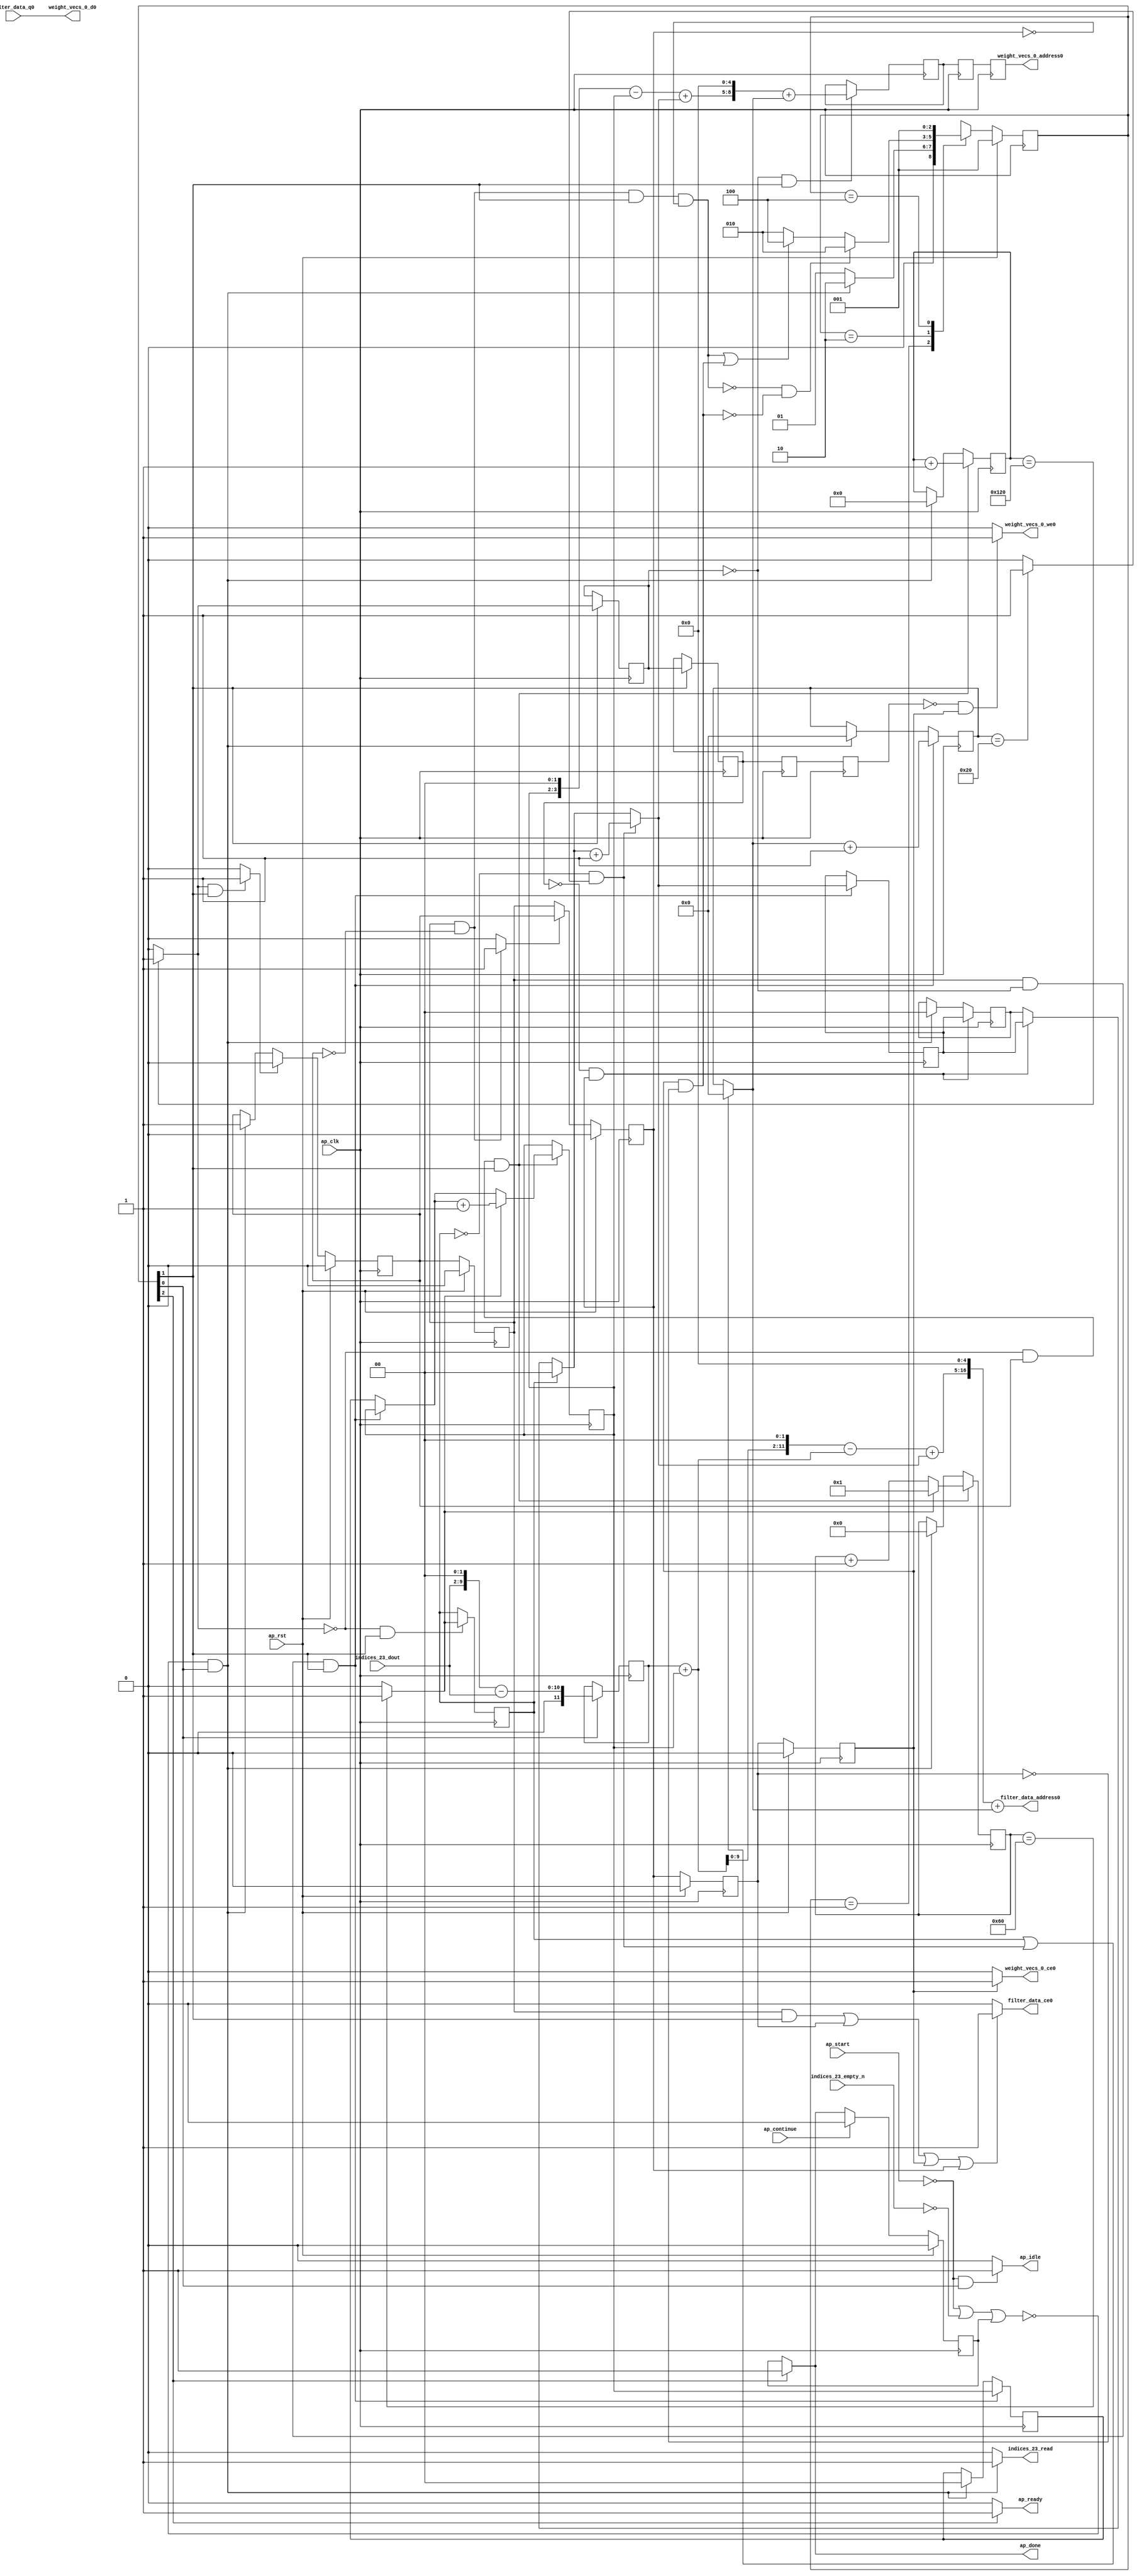
`define EXPONENT 5
`define MANTISSA 10
`define ACTUAL_MANTISSA 11
`define EXPONENT_LSB 10
`define EXPONENT_MSB 14
`define MANTISSA_LSB 0
`define MANTISSA_MSB 9
`define MANTISSA_MUL_SPLIT_LSB 3
`define MANTISSA_MUL_SPLIT_MSB 9
`define SIGN 1
`define SIGN_LOC 15
`define DWIDTH (`SIGN+`EXPONENT+`MANTISSA)
`define IEEE_COMPLIANCE 1

module td_fused_top_tdf7_readFilters52 (
        ap_clk,
        ap_rst,
        ap_start,
        ap_done,
        ap_continue,
        ap_idle,
        ap_ready,
        filter_data_address0,
        filter_data_ce0,
        filter_data_q0,
        indices_23_dout,
        indices_23_empty_n,
        indices_23_read,
        weight_vecs_0_address0,
        weight_vecs_0_ce0,
        weight_vecs_0_we0,
        weight_vecs_0_d0
);

parameter    ap_ST_fsm_state1 = 3'd1;
parameter    ap_ST_fsm_pp0_stage0 = 3'd2;
parameter    ap_ST_fsm_state7 = 3'd4;

input   ap_clk;
input   ap_rst;
input   ap_start;
output   ap_done;
input   ap_continue;
output   ap_idle;
output   ap_ready;
output  [16:0] filter_data_address0;
output   filter_data_ce0;
input  [15:0] filter_data_q0;
input  [7:0] indices_23_dout;
input   indices_23_empty_n;
output   indices_23_read;
output  [8:0] weight_vecs_0_address0;
output   weight_vecs_0_ce0;
output   weight_vecs_0_we0;
output  [15:0] weight_vecs_0_d0;

reg ap_done;
reg ap_idle;
reg ap_ready;
reg filter_data_ce0;
reg indices_23_read;
reg weight_vecs_0_ce0;
reg weight_vecs_0_we0;

reg    ap_done_reg;
  reg   [2:0] ap_CS_fsm;
wire    ap_CS_fsm_state1;
reg    indices_23_blk_n;
reg   [8:0] indvar_flatten13_reg_123;
reg   [1:0] ii_reg_134;
reg   [7:0] indvar_flatten_reg_145;
reg   [1:0] jj_reg_156;
reg   [5:0] kk_reg_167;
wire   [11:0] sext_ln47_fu_200_p1;
reg   [11:0] sext_ln47_reg_408;
wire   [8:0] add_ln47_2_fu_204_p2;
wire    ap_CS_fsm_pp0_stage0;
reg    ap_enable_reg_pp0_iter0;
wire    ap_block_state2_pp0_stage0_iter0;
wire    ap_block_state3_pp0_stage0_iter1;
wire    ap_block_state4_pp0_stage0_iter2;
wire    ap_block_state5_pp0_stage0_iter3;
wire    ap_block_state6_pp0_stage0_iter4;
wire    ap_block_pp0_stage0_11001;
wire   [0:0] icmp_ln47_fu_210_p2;
reg   [0:0] icmp_ln47_reg_418;
reg   [0:0] icmp_ln47_reg_418_pp0_iter1_reg;
reg   [0:0] icmp_ln47_reg_418_pp0_iter2_reg;
reg   [0:0] icmp_ln47_reg_418_pp0_iter3_reg;
wire   [0:0] icmp_ln48_fu_222_p2;
reg   [0:0] icmp_ln48_reg_422;
wire   [1:0] select_ln47_2_fu_228_p3;
reg   [1:0] select_ln47_2_reg_429;
wire   [7:0] select_ln48_4_fu_242_p3;
wire   [1:0] select_ln48_3_fu_329_p3;
reg   [1:0] select_ln48_3_reg_442;
reg    ap_enable_reg_pp0_iter1;
wire   [8:0] add_ln55_8_fu_392_p2;
reg   [8:0] add_ln55_8_reg_452;
reg   [8:0] add_ln55_8_reg_452_pp0_iter2_reg;
reg   [8:0] add_ln55_8_reg_452_pp0_iter3_reg;
wire   [5:0] add_ln49_fu_398_p2;
reg    ap_block_state1;
wire    ap_block_pp0_stage0_subdone;
reg    ap_condition_pp0_flush_enable;
reg    ap_enable_reg_pp0_iter2;
reg    ap_condition_pp0_exit_iter1_state3;
reg    ap_enable_reg_pp0_iter3;
reg    ap_enable_reg_pp0_iter4;
reg   [1:0] ap_phi_mux_ii_phi_fu_138_p4;
wire    ap_block_pp0_stage0;
reg   [1:0] ap_phi_mux_jj_phi_fu_160_p4;
wire   [63:0] zext_ln55_18_fu_387_p1;
wire   [63:0] zext_ln55_19_fu_404_p1;
wire   [9:0] tmp_fu_182_p3;
wire   [10:0] zext_ln55_11_fu_190_p1;
wire   [10:0] zext_ln55_fu_178_p1;
wire   [10:0] sub_ln55_fu_194_p2;
wire   [1:0] add_ln47_fu_216_p2;
wire   [7:0] add_ln48_2_fu_236_p2;
wire   [11:0] zext_ln55_13_fu_260_p1;
wire   [11:0] add_ln55_fu_263_p2;
wire   [11:0] shl_ln55_fu_268_p2;
wire   [3:0] tmp_s_fu_280_p3;
wire   [3:0] zext_ln55_12_fu_257_p1;
wire   [0:0] icmp_ln49_fu_298_p2;
wire   [0:0] xor_ln47_fu_293_p2;
wire   [1:0] select_ln47_fu_250_p3;
wire   [0:0] and_ln47_fu_304_p2;
wire   [0:0] or_ln48_fu_316_p2;
wire   [1:0] add_ln48_fu_310_p2;
wire   [11:0] sub_ln55_3_fu_274_p2;
wire   [11:0] zext_ln55_15_fu_341_p1;
wire   [11:0] add_ln55_5_fu_345_p2;
wire   [3:0] sub_ln55_4_fu_287_p2;
wire   [3:0] zext_ln55_14_fu_337_p1;
wire   [3:0] add_ln55_6_fu_359_p2;
wire   [5:0] select_ln48_fu_321_p3;
wire   [16:0] tmp_41_cast_fu_351_p3;
wire   [16:0] zext_ln55_17_fu_377_p1;
wire   [16:0] add_ln55_7_fu_381_p2;
wire   [8:0] tmp_43_cast_fu_365_p3;
wire   [8:0] zext_ln55_16_fu_373_p1;
wire    ap_CS_fsm_state7;
reg   [2:0] ap_NS_fsm;
reg    ap_idle_pp0;
wire    ap_enable_pp0;
wire    ap_ce_reg;

// power-on initialization
initial begin
#0 ap_done_reg = 1'b0;
#0 ap_CS_fsm = 3'd1;
#0 ap_enable_reg_pp0_iter0 = 1'b0;
#0 ap_enable_reg_pp0_iter1 = 1'b0;
#0 ap_enable_reg_pp0_iter2 = 1'b0;
#0 ap_enable_reg_pp0_iter3 = 1'b0;
#0 ap_enable_reg_pp0_iter4 = 1'b0;
end

always @ (posedge ap_clk) begin
    if (ap_rst == 1'b1) begin
        ap_CS_fsm <= ap_ST_fsm_state1;
    end else begin
        ap_CS_fsm <= ap_NS_fsm;
    end
end

always @ (posedge ap_clk) begin
    if (ap_rst == 1'b1) begin
        ap_done_reg <= 1'b0;
    end else begin
        if ((ap_continue == 1'b1)) begin
            ap_done_reg <= 1'b0;
        end else if ((1'b1 == ap_CS_fsm_state7)) begin
            ap_done_reg <= 1'b1;
        end
    end
end

always @ (posedge ap_clk) begin
    if (ap_rst == 1'b1) begin
        ap_enable_reg_pp0_iter0 <= 1'b0;
    end else begin
        if ((1'b1 == ap_condition_pp0_flush_enable)) begin
            ap_enable_reg_pp0_iter0 <= 1'b0;
        end else if ((~((ap_start == 1'b0) | (indices_23_empty_n == 1'b0) | (ap_done_reg == 1'b1)) & (1'b1 == ap_CS_fsm_state1))) begin
            ap_enable_reg_pp0_iter0 <= 1'b1;
        end
    end
end

always @ (posedge ap_clk) begin
    if (ap_rst == 1'b1) begin
        ap_enable_reg_pp0_iter1 <= 1'b0;
    end else begin
        if ((1'b0 == ap_block_pp0_stage0_subdone)) begin
            ap_enable_reg_pp0_iter1 <= ap_enable_reg_pp0_iter0;
        end
    end
end

always @ (posedge ap_clk) begin
    if (ap_rst == 1'b1) begin
        ap_enable_reg_pp0_iter2 <= 1'b0;
    end else begin
        if ((1'b0 == ap_block_pp0_stage0_subdone)) begin
            if ((1'b1 == ap_condition_pp0_exit_iter1_state3)) begin
                ap_enable_reg_pp0_iter2 <= ap_enable_reg_pp0_iter0;
            end else if ((1'b1 == 1'b1)) begin
                ap_enable_reg_pp0_iter2 <= ap_enable_reg_pp0_iter1;
            end
        end
    end
end

always @ (posedge ap_clk) begin
    if (ap_rst == 1'b1) begin
        ap_enable_reg_pp0_iter3 <= 1'b0;
    end else begin
        if ((1'b0 == ap_block_pp0_stage0_subdone)) begin
            ap_enable_reg_pp0_iter3 <= ap_enable_reg_pp0_iter2;
        end
    end
end

always @ (posedge ap_clk) begin
    if (ap_rst == 1'b1) begin
        ap_enable_reg_pp0_iter4 <= 1'b0;
    end else begin
        if ((1'b0 == ap_block_pp0_stage0_subdone)) begin
            ap_enable_reg_pp0_iter4 <= ap_enable_reg_pp0_iter3;
        end else if ((~((ap_start == 1'b0) | (indices_23_empty_n == 1'b0) | (ap_done_reg == 1'b1)) & (1'b1 == ap_CS_fsm_state1))) begin
            ap_enable_reg_pp0_iter4 <= 1'b0;
        end
    end
end

always @ (posedge ap_clk) begin
    if (((ap_enable_reg_pp0_iter1 == 1'b1) & (icmp_ln47_reg_418 == 1'd0) & (1'b0 == ap_block_pp0_stage0_11001) & (1'b1 == ap_CS_fsm_pp0_stage0))) begin
        ii_reg_134 <= select_ln47_2_reg_429;
    end else if ((~((ap_start == 1'b0) | (indices_23_empty_n == 1'b0) | (ap_done_reg == 1'b1)) & (1'b1 == ap_CS_fsm_state1))) begin
        ii_reg_134 <= 2'd0;
    end
end

always @ (posedge ap_clk) begin
    if (((icmp_ln47_fu_210_p2 == 1'd0) & (1'b0 == ap_block_pp0_stage0_11001) & (ap_enable_reg_pp0_iter0 == 1'b1) & (1'b1 == ap_CS_fsm_pp0_stage0))) begin
        indvar_flatten13_reg_123 <= add_ln47_2_fu_204_p2;
    end else if ((~((ap_start == 1'b0) | (indices_23_empty_n == 1'b0) | (ap_done_reg == 1'b1)) & (1'b1 == ap_CS_fsm_state1))) begin
        indvar_flatten13_reg_123 <= 9'd0;
    end
end

always @ (posedge ap_clk) begin
    if (((icmp_ln47_fu_210_p2 == 1'd0) & (1'b0 == ap_block_pp0_stage0_11001) & (ap_enable_reg_pp0_iter0 == 1'b1) & (1'b1 == ap_CS_fsm_pp0_stage0))) begin
        indvar_flatten_reg_145 <= select_ln48_4_fu_242_p3;
    end else if ((~((ap_start == 1'b0) | (indices_23_empty_n == 1'b0) | (ap_done_reg == 1'b1)) & (1'b1 == ap_CS_fsm_state1))) begin
        indvar_flatten_reg_145 <= 8'd0;
    end
end

always @ (posedge ap_clk) begin
    if (((icmp_ln47_reg_418_pp0_iter1_reg == 1'd0) & (1'b0 == ap_block_pp0_stage0_11001) & (ap_enable_reg_pp0_iter2 == 1'b1))) begin
        jj_reg_156 <= select_ln48_3_reg_442;
    end else if ((~((ap_start == 1'b0) | (indices_23_empty_n == 1'b0) | (ap_done_reg == 1'b1)) & (1'b1 == ap_CS_fsm_state1))) begin
        jj_reg_156 <= 2'd0;
    end
end

always @ (posedge ap_clk) begin
    if (((ap_enable_reg_pp0_iter1 == 1'b1) & (icmp_ln47_reg_418 == 1'd0) & (1'b0 == ap_block_pp0_stage0_11001) & (1'b1 == ap_CS_fsm_pp0_stage0))) begin
        kk_reg_167 <= add_ln49_fu_398_p2;
    end else if ((~((ap_start == 1'b0) | (indices_23_empty_n == 1'b0) | (ap_done_reg == 1'b1)) & (1'b1 == ap_CS_fsm_state1))) begin
        kk_reg_167 <= 6'd0;
    end
end

always @ (posedge ap_clk) begin
    if (((icmp_ln47_reg_418 == 1'd0) & (1'b0 == ap_block_pp0_stage0_11001) & (1'b1 == ap_CS_fsm_pp0_stage0))) begin
        add_ln55_8_reg_452 <= add_ln55_8_fu_392_p2;
    end
end

always @ (posedge ap_clk) begin
    if ((1'b0 == ap_block_pp0_stage0_11001)) begin
        add_ln55_8_reg_452_pp0_iter2_reg <= add_ln55_8_reg_452;
        add_ln55_8_reg_452_pp0_iter3_reg <= add_ln55_8_reg_452_pp0_iter2_reg;
        icmp_ln47_reg_418_pp0_iter2_reg <= icmp_ln47_reg_418_pp0_iter1_reg;
        icmp_ln47_reg_418_pp0_iter3_reg <= icmp_ln47_reg_418_pp0_iter2_reg;
    end
end

always @ (posedge ap_clk) begin
    if (((1'b0 == ap_block_pp0_stage0_11001) & (1'b1 == ap_CS_fsm_pp0_stage0))) begin
        icmp_ln47_reg_418 <= icmp_ln47_fu_210_p2;
        icmp_ln47_reg_418_pp0_iter1_reg <= icmp_ln47_reg_418;
    end
end

always @ (posedge ap_clk) begin
    if (((icmp_ln47_fu_210_p2 == 1'd0) & (1'b0 == ap_block_pp0_stage0_11001) & (1'b1 == ap_CS_fsm_pp0_stage0))) begin
        icmp_ln48_reg_422 <= icmp_ln48_fu_222_p2;
    end
end

always @ (posedge ap_clk) begin
    if (((icmp_ln47_fu_210_p2 == 1'd0) & (1'b0 == ap_block_pp0_stage0_11001) & (ap_enable_reg_pp0_iter0 == 1'b1) & (1'b1 == ap_CS_fsm_pp0_stage0))) begin
        select_ln47_2_reg_429 <= select_ln47_2_fu_228_p3;
    end
end

always @ (posedge ap_clk) begin
    if (((ap_enable_reg_pp0_iter1 == 1'b1) & (icmp_ln47_reg_418 == 1'd0) & (1'b0 == ap_block_pp0_stage0_11001) & (1'b1 == ap_CS_fsm_pp0_stage0))) begin
        select_ln48_3_reg_442 <= select_ln48_3_fu_329_p3;
    end
end

always @ (posedge ap_clk) begin
    if ((1'b1 == ap_CS_fsm_state1)) begin
        sext_ln47_reg_408 <= sext_ln47_fu_200_p1;
    end
end

always @ (*) begin
    if (((ap_enable_reg_pp0_iter1 == 1'b1) & (ap_enable_reg_pp0_iter0 == 1'b0))) begin
        ap_condition_pp0_exit_iter1_state3 = 1'b1;
    end else begin
        ap_condition_pp0_exit_iter1_state3 = 1'b0;
    end
end

always @ (*) begin
    if (((icmp_ln47_fu_210_p2 == 1'd1) & (1'b0 == ap_block_pp0_stage0_subdone) & (1'b1 == ap_CS_fsm_pp0_stage0))) begin
        ap_condition_pp0_flush_enable = 1'b1;
    end else begin
        ap_condition_pp0_flush_enable = 1'b0;
    end
end

always @ (*) begin
    if ((1'b1 == ap_CS_fsm_state7)) begin
        ap_done = 1'b1;
    end else begin
        ap_done = ap_done_reg;
    end
end

always @ (*) begin
    if (((ap_start == 1'b0) & (1'b1 == ap_CS_fsm_state1))) begin
        ap_idle = 1'b1;
    end else begin
        ap_idle = 1'b0;
    end
end

always @ (*) begin
    if (((ap_enable_reg_pp0_iter1 == 1'b0) & (ap_enable_reg_pp0_iter0 == 1'b0) & (ap_enable_reg_pp0_iter4 == 1'b0) & (ap_enable_reg_pp0_iter3 == 1'b0) & (ap_enable_reg_pp0_iter2 == 1'b0))) begin
        ap_idle_pp0 = 1'b1;
    end else begin
        ap_idle_pp0 = 1'b0;
    end
end

always @ (*) begin
    if (((ap_enable_reg_pp0_iter1 == 1'b1) & (icmp_ln47_reg_418 == 1'd0) & (1'b0 == ap_block_pp0_stage0) & (1'b1 == ap_CS_fsm_pp0_stage0))) begin
        ap_phi_mux_ii_phi_fu_138_p4 = select_ln47_2_reg_429;
    end else begin
        ap_phi_mux_ii_phi_fu_138_p4 = ii_reg_134;
    end
end

always @ (*) begin
    if (((icmp_ln47_reg_418_pp0_iter1_reg == 1'd0) & (1'b0 == ap_block_pp0_stage0) & (ap_enable_reg_pp0_iter2 == 1'b1))) begin
        ap_phi_mux_jj_phi_fu_160_p4 = select_ln48_3_reg_442;
    end else begin
        ap_phi_mux_jj_phi_fu_160_p4 = jj_reg_156;
    end
end

always @ (*) begin
    if ((1'b1 == ap_CS_fsm_state7)) begin
        ap_ready = 1'b1;
    end else begin
        ap_ready = 1'b0;
    end
end

always @ (*) begin
    if ((((ap_enable_reg_pp0_iter1 == 1'b1) & (1'b0 == ap_block_pp0_stage0_11001) & (1'b1 == ap_CS_fsm_pp0_stage0)) | ((1'b0 == ap_block_pp0_stage0_11001) & (ap_enable_reg_pp0_iter3 == 1'b1)) | ((1'b0 == ap_block_pp0_stage0_11001) & (ap_enable_reg_pp0_iter4 == 1'b1)) | ((1'b0 == ap_block_pp0_stage0_11001) & (ap_enable_reg_pp0_iter2 == 1'b1)))) begin
        filter_data_ce0 = 1'b1;
    end else begin
        filter_data_ce0 = 1'b0;
    end
end

always @ (*) begin
    if ((~((ap_start == 1'b0) | (ap_done_reg == 1'b1)) & (1'b1 == ap_CS_fsm_state1))) begin
        indices_23_blk_n = indices_23_empty_n;
    end else begin
        indices_23_blk_n = 1'b1;
    end
end

always @ (*) begin
    if ((~((ap_start == 1'b0) | (indices_23_empty_n == 1'b0) | (ap_done_reg == 1'b1)) & (1'b1 == ap_CS_fsm_state1))) begin
        indices_23_read = 1'b1;
    end else begin
        indices_23_read = 1'b0;
    end
end

always @ (*) begin
    if (((1'b0 == ap_block_pp0_stage0_11001) & (ap_enable_reg_pp0_iter4 == 1'b1))) begin
        weight_vecs_0_ce0 = 1'b1;
    end else begin
        weight_vecs_0_ce0 = 1'b0;
    end
end

always @ (*) begin
    if (((icmp_ln47_reg_418_pp0_iter3_reg == 1'd0) & (1'b0 == ap_block_pp0_stage0_11001) & (ap_enable_reg_pp0_iter4 == 1'b1))) begin
        weight_vecs_0_we0 = 1'b1;
    end else begin
        weight_vecs_0_we0 = 1'b0;
    end
end

always @ (*) begin
    case (ap_CS_fsm)
        ap_ST_fsm_state1 : begin
            if ((~((ap_start == 1'b0) | (indices_23_empty_n == 1'b0) | (ap_done_reg == 1'b1)) & (1'b1 == ap_CS_fsm_state1))) begin
                ap_NS_fsm = ap_ST_fsm_pp0_stage0;
            end else begin
                ap_NS_fsm = ap_ST_fsm_state1;
            end
        end
        ap_ST_fsm_pp0_stage0 : begin
            if ((~((ap_enable_reg_pp0_iter1 == 1'b1) & (1'b0 == ap_block_pp0_stage0_subdone) & (ap_enable_reg_pp0_iter0 == 1'b0) & (1'b1 == ap_CS_fsm_pp0_stage0) & (ap_enable_reg_pp0_iter2 == 1'b0)) & ~((1'b0 == ap_block_pp0_stage0_subdone) & (ap_enable_reg_pp0_iter4 == 1'b1) & (ap_enable_reg_pp0_iter3 == 1'b0)))) begin
                ap_NS_fsm = ap_ST_fsm_pp0_stage0;
            end else if ((((ap_enable_reg_pp0_iter1 == 1'b1) & (1'b0 == ap_block_pp0_stage0_subdone) & (ap_enable_reg_pp0_iter0 == 1'b0) & (1'b1 == ap_CS_fsm_pp0_stage0) & (ap_enable_reg_pp0_iter2 == 1'b0)) | ((1'b0 == ap_block_pp0_stage0_subdone) & (ap_enable_reg_pp0_iter4 == 1'b1) & (ap_enable_reg_pp0_iter3 == 1'b0)))) begin
                ap_NS_fsm = ap_ST_fsm_state7;
            end else begin
                ap_NS_fsm = ap_ST_fsm_pp0_stage0;
            end
        end
        ap_ST_fsm_state7 : begin
            ap_NS_fsm = ap_ST_fsm_state1;
        end
        default : begin
            ap_NS_fsm = 'bx;
        end
    endcase
end

assign add_ln47_2_fu_204_p2 = (indvar_flatten13_reg_123 + 9'd1);

assign add_ln47_fu_216_p2 = (ap_phi_mux_ii_phi_fu_138_p4 + 2'd1);

assign add_ln48_2_fu_236_p2 = (indvar_flatten_reg_145 + 8'd1);

assign add_ln48_fu_310_p2 = (select_ln47_fu_250_p3 + 2'd1);

assign add_ln49_fu_398_p2 = (select_ln48_fu_321_p3 + 6'd1);

assign add_ln55_5_fu_345_p2 = (sub_ln55_3_fu_274_p2 + zext_ln55_15_fu_341_p1);

assign add_ln55_6_fu_359_p2 = (sub_ln55_4_fu_287_p2 + zext_ln55_14_fu_337_p1);

assign add_ln55_7_fu_381_p2 = (tmp_41_cast_fu_351_p3 + zext_ln55_17_fu_377_p1);

assign add_ln55_8_fu_392_p2 = (tmp_43_cast_fu_365_p3 + zext_ln55_16_fu_373_p1);

assign add_ln55_fu_263_p2 = ((sext_ln47_reg_408) + (zext_ln55_13_fu_260_p1));

assign and_ln47_fu_304_p2 = (xor_ln47_fu_293_p2 & icmp_ln49_fu_298_p2);

assign ap_CS_fsm_pp0_stage0 = ap_CS_fsm[32'd1];

assign ap_CS_fsm_state1 = ap_CS_fsm[32'd0];

assign ap_CS_fsm_state7 = ap_CS_fsm[32'd2];

assign ap_block_pp0_stage0 = ~(1'b1 == 1'b1);

assign ap_block_pp0_stage0_11001 = ~(1'b1 == 1'b1);

assign ap_block_pp0_stage0_subdone = ~(1'b1 == 1'b1);

always @ (*) begin
    ap_block_state1 = ((ap_start == 1'b0) | (indices_23_empty_n == 1'b0) | (ap_done_reg == 1'b1));
end

assign ap_block_state2_pp0_stage0_iter0 = ~(1'b1 == 1'b1);

assign ap_block_state3_pp0_stage0_iter1 = ~(1'b1 == 1'b1);

assign ap_block_state4_pp0_stage0_iter2 = ~(1'b1 == 1'b1);

assign ap_block_state5_pp0_stage0_iter3 = ~(1'b1 == 1'b1);

assign ap_block_state6_pp0_stage0_iter4 = ~(1'b1 == 1'b1);

assign ap_enable_pp0 = (ap_idle_pp0 ^ 1'b1);

assign filter_data_address0 = zext_ln55_18_fu_387_p1;

assign icmp_ln47_fu_210_p2 = ((indvar_flatten13_reg_123 == 9'd288) ? 1'b1 : 1'b0);

assign icmp_ln48_fu_222_p2 = ((indvar_flatten_reg_145 == 8'd96) ? 1'b1 : 1'b0);

assign icmp_ln49_fu_298_p2 = ((kk_reg_167 == 6'd32) ? 1'b1 : 1'b0);

assign or_ln48_fu_316_p2 = (icmp_ln48_reg_422 | and_ln47_fu_304_p2);

assign select_ln47_2_fu_228_p3 = ((icmp_ln48_fu_222_p2[0:0] == 1'b1) ? add_ln47_fu_216_p2 : ap_phi_mux_ii_phi_fu_138_p4);

assign select_ln47_fu_250_p3 = ((icmp_ln48_reg_422[0:0] == 1'b1) ? 2'd0 : ap_phi_mux_jj_phi_fu_160_p4);

assign select_ln48_3_fu_329_p3 = ((and_ln47_fu_304_p2[0:0] == 1'b1) ? add_ln48_fu_310_p2 : select_ln47_fu_250_p3);

assign select_ln48_4_fu_242_p3 = ((icmp_ln48_fu_222_p2[0:0] == 1'b1) ? 8'd1 : add_ln48_2_fu_236_p2);

assign select_ln48_fu_321_p3 = ((or_ln48_fu_316_p2[0:0] == 1'b1) ? 6'd0 : kk_reg_167);

assign sext_ln47_fu_200_p1 = (sub_ln55_fu_194_p2);

assign shl_ln55_fu_268_p2 = add_ln55_fu_263_p2 << 12'd2;

assign sub_ln55_3_fu_274_p2 = (shl_ln55_fu_268_p2 - add_ln55_fu_263_p2);

assign sub_ln55_4_fu_287_p2 = (tmp_s_fu_280_p3 - zext_ln55_12_fu_257_p1);

assign sub_ln55_fu_194_p2 = (zext_ln55_11_fu_190_p1 - zext_ln55_fu_178_p1);

assign tmp_41_cast_fu_351_p3 = {{add_ln55_5_fu_345_p2}, {5'd0}};

assign tmp_43_cast_fu_365_p3 = {{add_ln55_6_fu_359_p2}, {5'd0}};

assign tmp_fu_182_p3 = {{indices_23_dout}, {2'd0}};

assign tmp_s_fu_280_p3 = {{select_ln47_2_reg_429}, {2'd0}};

assign weight_vecs_0_address0 = zext_ln55_19_fu_404_p1;

assign weight_vecs_0_d0 = filter_data_q0;

assign xor_ln47_fu_293_p2 = (icmp_ln48_reg_422 ^ 1'd1);

assign zext_ln55_11_fu_190_p1 = tmp_fu_182_p3;

assign zext_ln55_12_fu_257_p1 = select_ln47_2_reg_429;

assign zext_ln55_13_fu_260_p1 = select_ln47_2_reg_429;

assign zext_ln55_14_fu_337_p1 = select_ln48_3_fu_329_p3;

assign zext_ln55_15_fu_341_p1 = select_ln48_3_fu_329_p3;

assign zext_ln55_16_fu_373_p1 = select_ln48_fu_321_p3;

assign zext_ln55_17_fu_377_p1 = select_ln48_fu_321_p3;

assign zext_ln55_18_fu_387_p1 = add_ln55_7_fu_381_p2;

assign zext_ln55_19_fu_404_p1 = add_ln55_8_reg_452_pp0_iter3_reg;

assign zext_ln55_fu_178_p1 = indices_23_dout;

endmodule //td_fused_top_tdf7_readFilters52